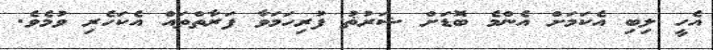
އެހީ ލިބި އެކަމަށް އެންމެ ބޮޑަށް ޝަރުޡު ފުރިހަމަވާ ފަރާތްތައް އެކަހެރި ވުމެވެ.